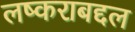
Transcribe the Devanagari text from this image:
लष्कराबद्दल